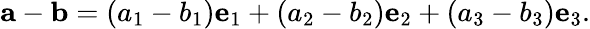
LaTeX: \mathbf{a}-\mathbf{b}=(a_{1}-b_{1})\mathbf{e}_{1}+(a_{2}-b_{2})\mathbf{e}_{2}+(a_{3}-b_{3})\mathbf{e}_{3}.